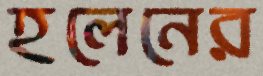
হলেনের